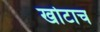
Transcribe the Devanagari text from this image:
खोटाच